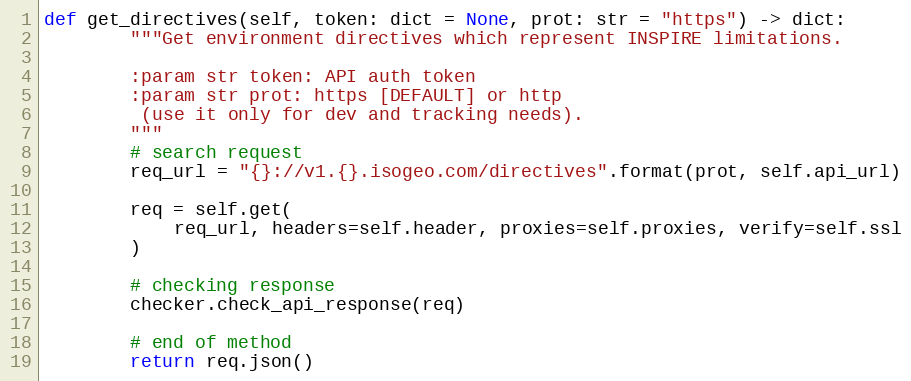
Language: Python
def get_directives(self, token: dict = None, prot: str = "https") -> dict:
        """Get environment directives which represent INSPIRE limitations.

        :param str token: API auth token
        :param str prot: https [DEFAULT] or http
         (use it only for dev and tracking needs).
        """
        # search request
        req_url = "{}://v1.{}.isogeo.com/directives".format(prot, self.api_url)

        req = self.get(
            req_url, headers=self.header, proxies=self.proxies, verify=self.ssl
        )

        # checking response
        checker.check_api_response(req)

        # end of method
        return req.json()